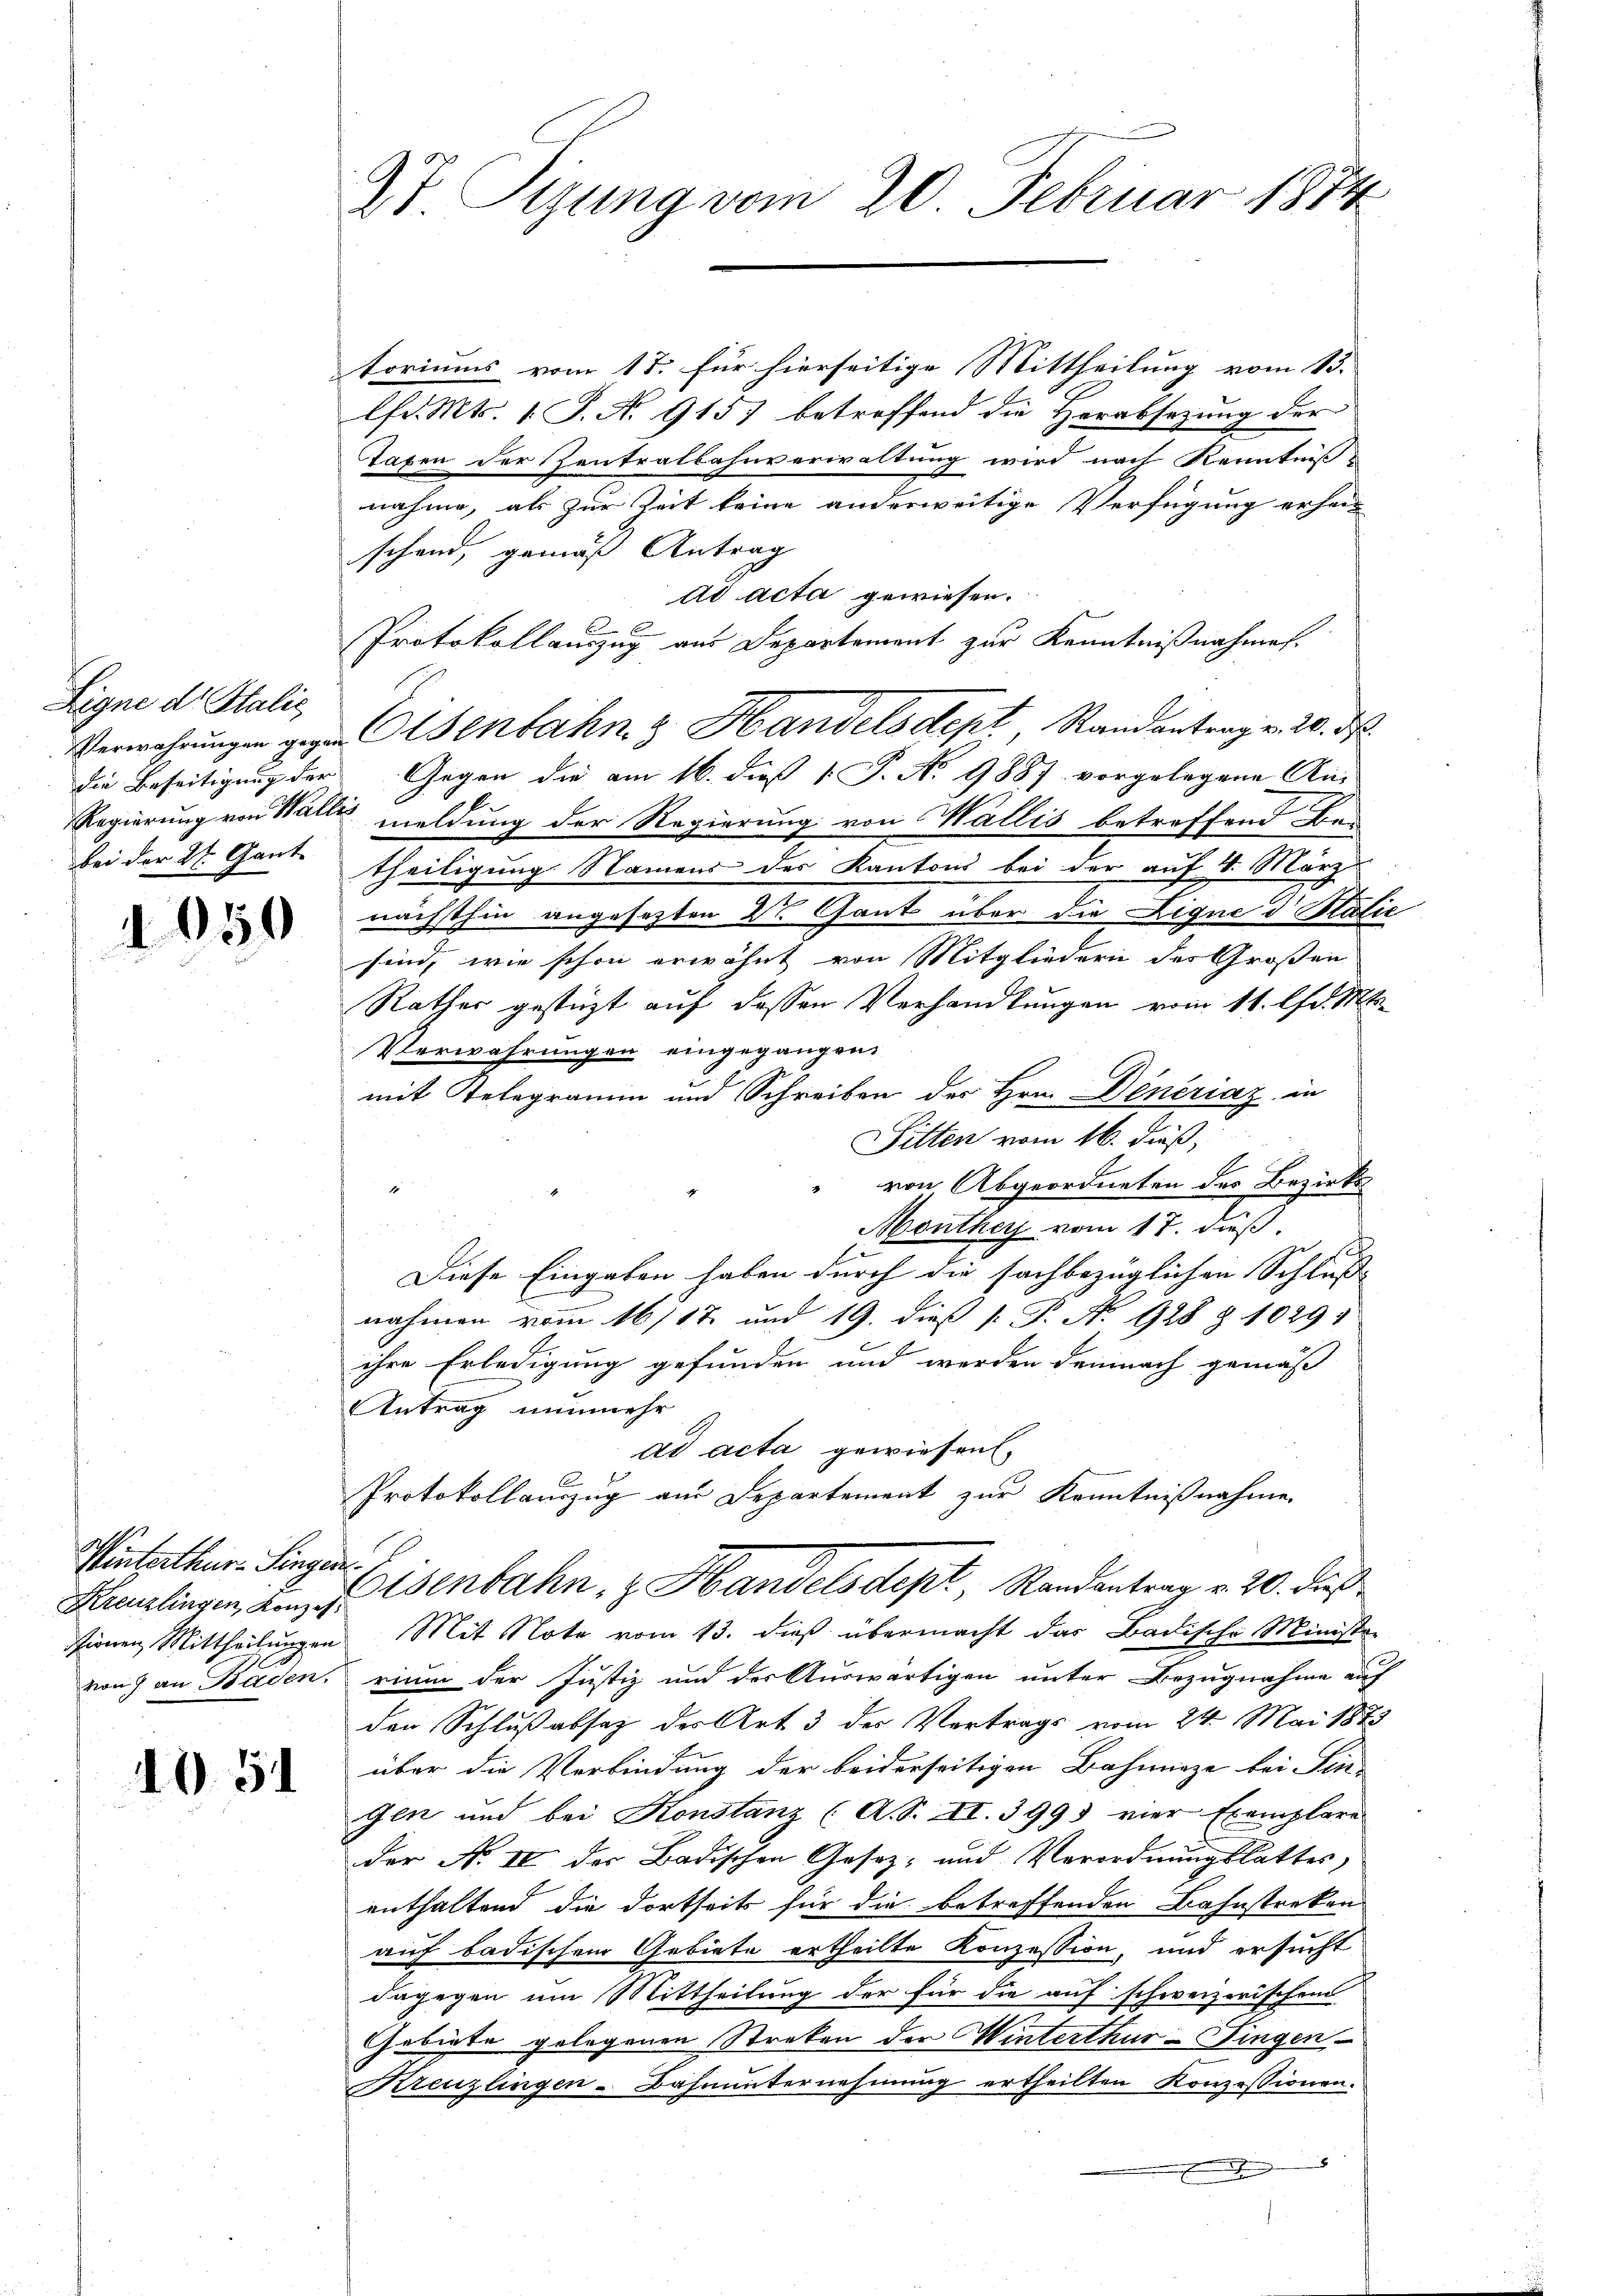
Eigne dr Italic

1050

toriums vom 17. für hierseitige Mittheilung vom 13.
lfd. Mts. 1 S. No. 915) betreffend die Herabsetzung der
Taxen der Zentralbahnverwaltung wird nach Kenntniss
nahme, als zur Zeit keine anderweitige Verfügung erhei
schend, gemäß Antrag
dd acta gewiesen.
Protokollauszug aus Departement zur Kenntnißnahmen.
Verwahrungen gegen Osenbahn & Handelsdept, Randantrag v. 20. d.
die Beseitigung der Gegen die am 16. daß P. No 9887 vorgelegene An-
Regierung von Wallis meldung der Regierung von Wallis betreffend Bei
bei der St. Gant. Theiligung Namens der Kantons bei der auf 4. März
nächsthin angesetzten Dr. Gant über die Ligne d. Balić
sind, wie schon erwähnt von Mitgliedern des Großen
Rathes gestüzt auf dessen Verhandlungen vom 11. lfd. Mts.
Verwahrungen eingegangen.
mit Telegramm und Schreiben des Hrn. Dencriaz in
Sitten vom 16. dieß,
" von Abgeordneten des Bezirks
Monthey vom 17. dieß.
Diese Eingaben haben durch die sachbezüglichen Schluss |
nahmen vom 16/17. und 19. dieß P. P. No 928 § 10291
ihre Erledigung gefunden und werden demnach gemäß
Antrag nunmehr
ad acta gewiesen.
Protokollauszug am Departement zur Kenntnißnahme.
Kanzlingen, den Eisenbahn, z. Handelsdept, Randantrag v. 20. dieß
ssionen Mittheilungen Mit Note vom 13. dieß übermacht das Badische Ministre
von) an Baden, rium der Justiz und der Auswärtigen unter Bezugnahme auf
den Schlußabsaz des Art 3 des Vertrags vom 24. Mai 1873
über die Verbindung der beiderseitigen Bahninge bei Fin-
Gen und bei Konstanz (A. S. XI. 3993 vier Exemplare
der No IV der Badischen Gesetz- und Verordnungslattes,
enthaltend die dortseits für die betreffenden Bahnstreken
auf badischen Gebiete ertheilte Konzession, und ersucht
dagegen um Mittheilung der für die auf schweizerischem
Gebiete gelegenen Streken der Winterthur-Fingen
Kreuzlingen-Bahnunternehmung ertheilten Konzessionen.
e

Winterthur–Singen.

1051

t Tigung vom 20. Februar 1874